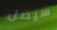
سيصل